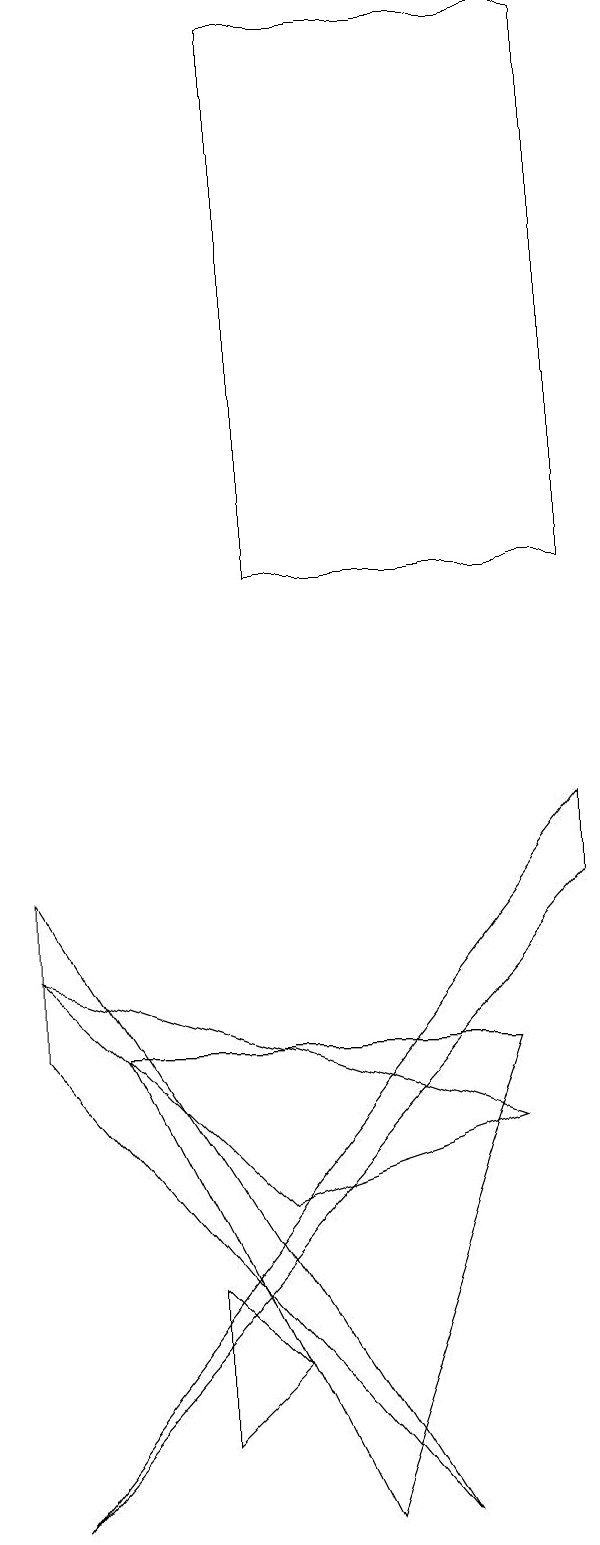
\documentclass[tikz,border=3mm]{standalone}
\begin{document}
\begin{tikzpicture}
\draw (3,3) -- (4,2) -- (3,1) -- cycle;
\draw (5,0) -- (7,6) -- (2,6) -- cycle;
\draw (1,7) -- (4,4) -- (7,5) -- cycle;
\draw (8,19) rectangle (4,12);
\draw (8,9) -- (1,0) -- (8,8) -- cycle;
\draw (6,0) -- (1,8) -- (1,6) -- cycle;
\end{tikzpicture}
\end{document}